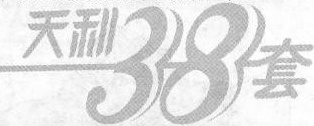
天利38套